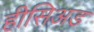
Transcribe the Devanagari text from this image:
हीसिअड